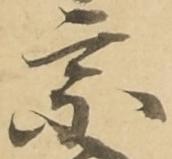
宗